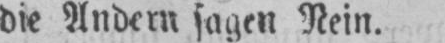
die Andern sagen Nein.